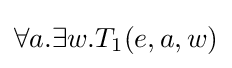
\forall a.\exists w.T_{1}(e,a,w)